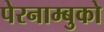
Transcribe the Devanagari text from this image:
पेरनाम्बुको